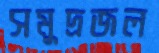
সমুদ্রজল